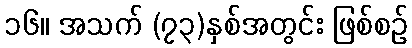
၁၆။ အသက် (၇၃)နှစ်အတွင်း ဖြစ်စဉ်